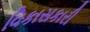
વિકાસકારી